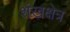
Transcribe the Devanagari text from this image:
शंखक्षेत्र